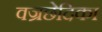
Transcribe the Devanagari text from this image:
वज्रछेदिका